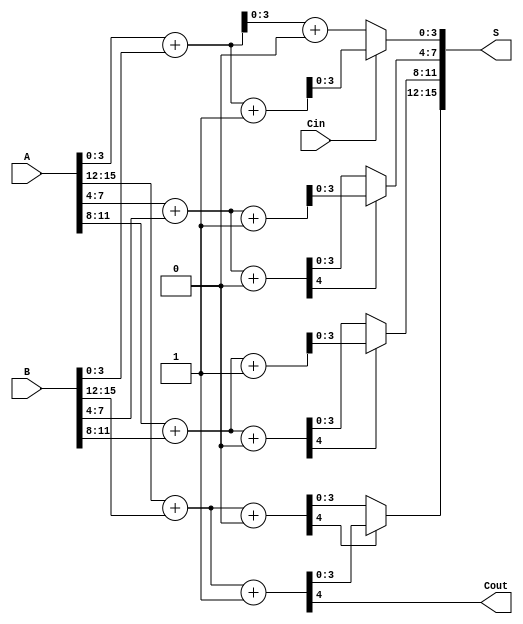
module carry_select_adder #(parameter N = 16) (
    input  [N-1:0] A,      // First n-bit input
    input  [N-1:0] B,      // Second n-bit input
    input         Cin,      // Carry-in
    output [N-1:0] S,      // n-bit sum output
    output        Cout      // Carry-out
);

    localparam BLOCK_SIZE = 4; // Size of each block
    localparam NUM_BLOCKS = N / BLOCK_SIZE; // Number of blocks

    wire [BLOCK_SIZE-1:0] S0 [0:NUM_BLOCKS-1]; // Sums for Cin = 0
    wire [BLOCK_SIZE-1:0] S1 [0:NUM_BLOCKS-1]; // Sums for Cin = 1
    wire [NUM_BLOCKS:0] C; // Carry outputs for each block

    // Generate the blocks
    genvar i;
    generate
        for (i = 0; i < NUM_BLOCKS; i = i + 1) begin : block
            // Compute sums for Cin = 0
            assign {C[i], S0[i]} = A[i*BLOCK_SIZE +: BLOCK_SIZE] + B[i*BLOCK_SIZE +: BLOCK_SIZE] + 1'b0;
            // Compute sums for Cin = 1
            assign {C[i+1], S1[i]} = A[i*BLOCK_SIZE +: BLOCK_SIZE] + B[i*BLOCK_SIZE +: BLOCK_SIZE] + 1'b1;
        end
    endgenerate

    // Select the correct sum based on carry
    wire [BLOCK_SIZE-1:0] S_selected [0:NUM_BLOCKS-1];
    generate
        for (i = 0; i < NUM_BLOCKS; i = i + 1) begin : select
            if (i == 0) begin
                assign S_selected[i] = (Cin) ? S1[i] : S0[i];
            end else begin
                assign S_selected[i] = (C[i]) ? S1[i] : S0[i];
            end
        end
    endgenerate

    // Concatenate the selected sums to form the final output
    assign S = {S_selected[NUM_BLOCKS-1], S_selected[NUM_BLOCKS-2], S_selected[NUM_BLOCKS-3], S_selected[NUM_BLOCKS-4]};
    assign Cout = C[NUM_BLOCKS];

endmodule